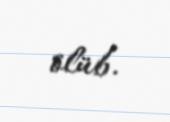
ölüb.